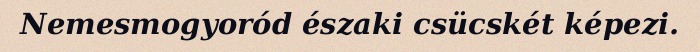
Nemesmogyoród északi csücskét képezi.